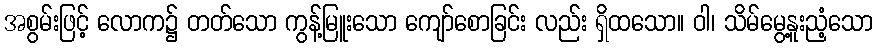
အစွမ်းဖြင့် လောက၌ တတ်သော ကွန့်မြူးသော ကျော်စောခြင်း လည်း ရှိထသော။ ဝါ၊ သိမ်မွေ့နူးညံ့သော